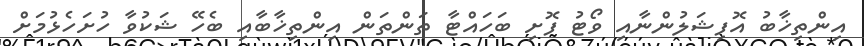
އިންތިޚާބު އޮފިޝަލުންނާއި ވޯޓު ފޮށި ބަހައްޓާ ތަންތަން އިންތިޚާބާއި ބެހޭ ޝަކުވާ ހުށަހެޅުމަށް